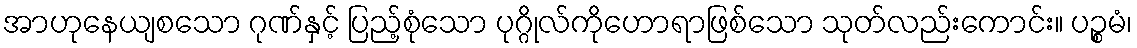
အာဟုနေယျစသော ဂုဏ်နှင့် ပြည့်စုံသော ပုဂ္ဂိုလ်ကိုဟောရာဖြစ်သော သုတ်လည်းကောင်း။ ပဉ္စမံ၊